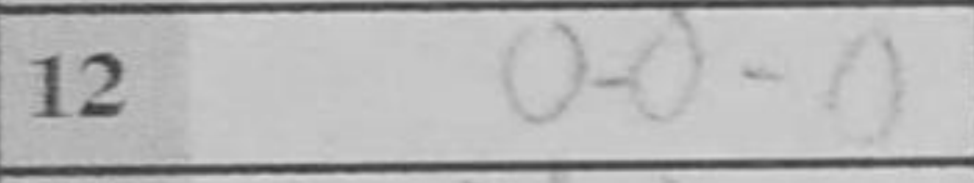
Transcription: O-O-O